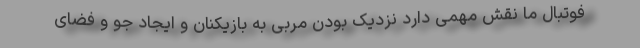
فوتبال ما نقش مهمی دارد نزدیک بودن مربی به بازیکنان و ایجاد جو و فضای